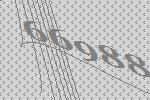
66988